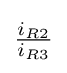
{\tfrac {i_{R2}}{i_{R3}}}